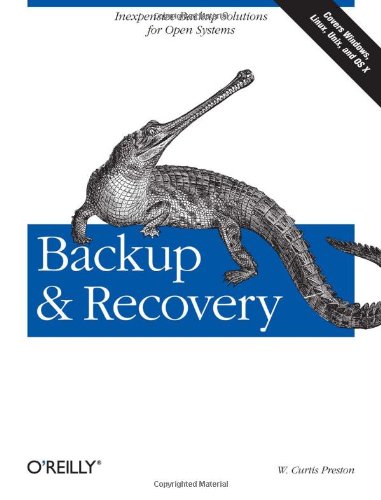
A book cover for Backup & Recovery: Inexpensive Backup Solutions for Open Systems; W. Curtis Preston; Computers & Technology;